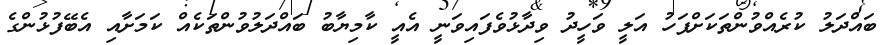
ބައްދަލު ކުރެއްވުންތަކަށްފަހު އަލީ ވަހީދު ވިދާޅުވެފައިވަނީ އެއީ ކާމިޔާބު ބައްދަލުވުންތަކެއް ކަމަށާއި އެބޭފުޅުންގެ